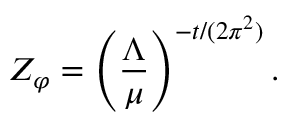
Z _ { \varphi } = \left( \frac { \Lambda } { \mu } \right) ^ { - t / ( 2 \pi ^ { 2 } ) } .